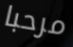
مرحبا